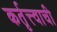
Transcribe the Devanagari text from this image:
कर्तृत्त्वाची